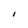
Character: l